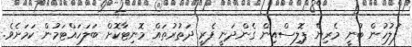
ފުލުހުން ބުނީ މެރިން ޕޮލިސްއިން ގެންދަނީ ފެރީ ދަތުރުތައް މޮނިޓާކޮށް ބަލަހައްޓަމުން ކަމަށެވެ.